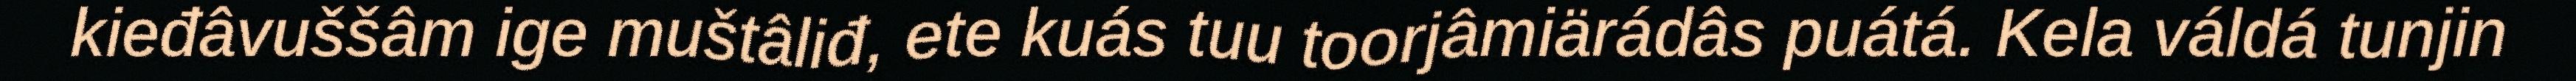
kieđâvuššâm ige muštâliđ, ete kuás tuu toorjâmiärádâs puátá. Kela váldá tunjin